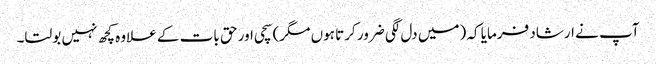
آپ نے ارشاد فرمایا کہ (میں دل لگی ضرور کرتا ہوں مگر) سچی اور حق بات کے علاوہ کچھ نہیں بولتا۔